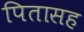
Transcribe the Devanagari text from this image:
पितासह